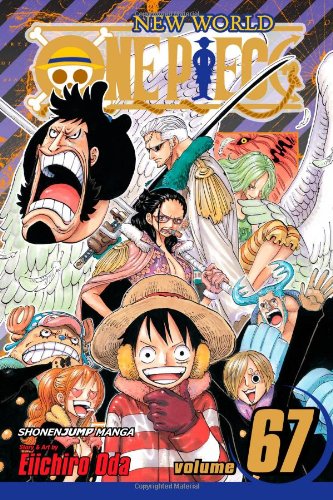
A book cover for One Piece, Vol. 67; Eiichiro Oda; Teen & Young Adult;